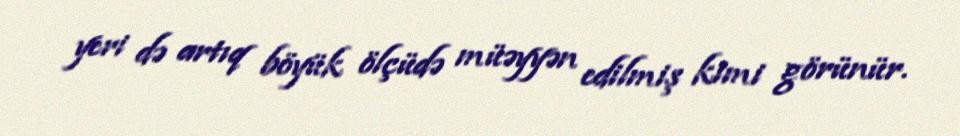
yeri də artıq böyük ölçüdə müəyyən edilmiş kimi görünür.